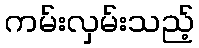
ကမ်းလှမ်းသည့်